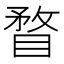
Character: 瞀